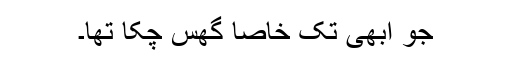
جو ابھی تک خاصا گھس چکا تھا۔